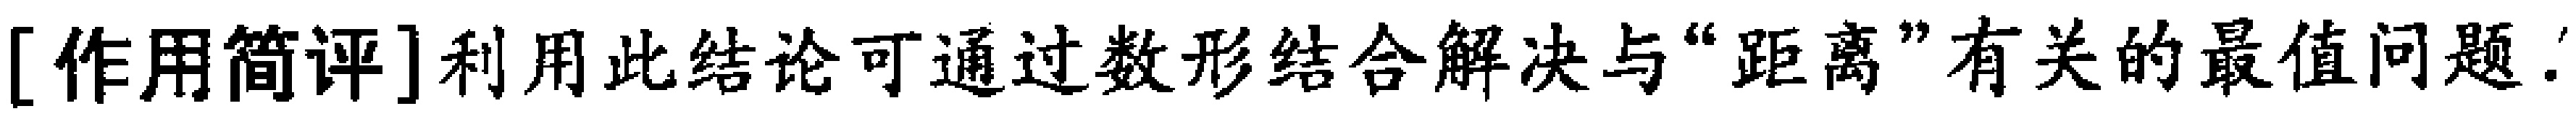
[作用简评]利用此结论可通过数形结合解决与“距离”有关的最值问题.